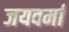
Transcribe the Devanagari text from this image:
जयवर्मा